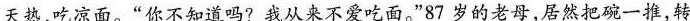
天热，吃凉面。”你不知道吗?我从来不吃面。”87岁的老母，居然把一推，转